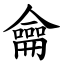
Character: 龠